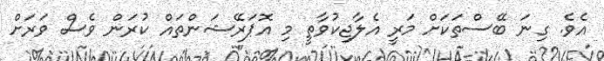
އެވެ. ގިނަ ބޭސްތަކަށް މަރީ އެލާޖިކުވާތީ މި އޮޕަރޭޝަންތައް ކުރަން ވެސް ވަރަށް